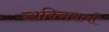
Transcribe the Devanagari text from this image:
व्यक्‍तिवाची